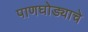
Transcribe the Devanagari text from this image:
पाणघोड्याचे